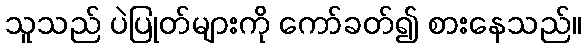
သူသည် ပဲပြုတ်များကို ကော်ခတ်၍ စားနေသည်။